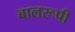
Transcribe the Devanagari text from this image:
बालरूपी